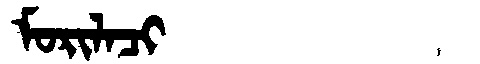
Manchu: ᠮᠣᡵᡳᠯᠠᠴᡳ
Romanization: MORILACI